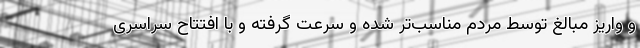
و واریز مبالغ توسط مردم مناسب‌تر شده و سرعت گرفته و با افتتاح سراسری